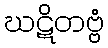
ဃဋိတဗ္ဗံ